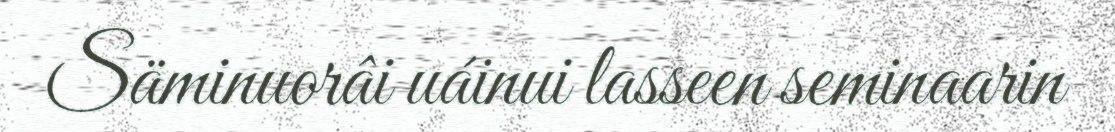
Säminuorâi uáinui lasseen seminaarin